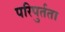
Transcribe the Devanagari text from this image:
परिपुर्तता